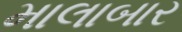
માલાબાર